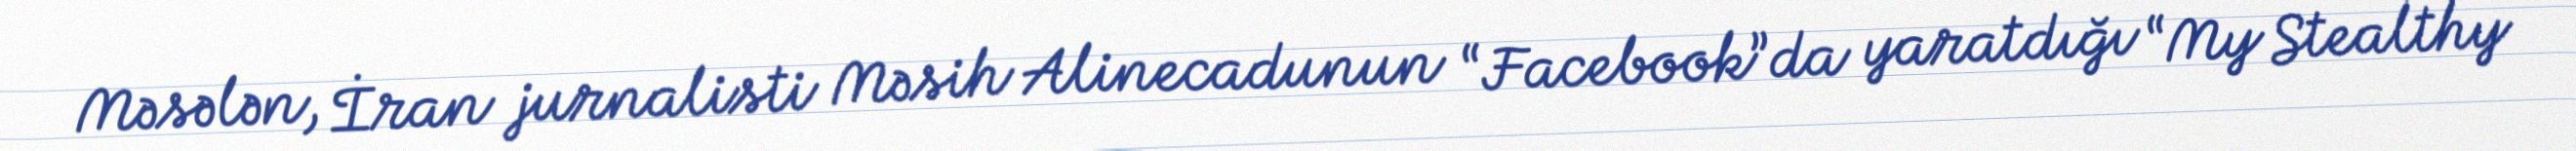
Məsələn, İran jurnalisti Məsih Alinecadunun “Facebook”da yaratdığı “My Stealthy